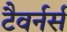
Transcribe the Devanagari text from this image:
टैवर्नर्स